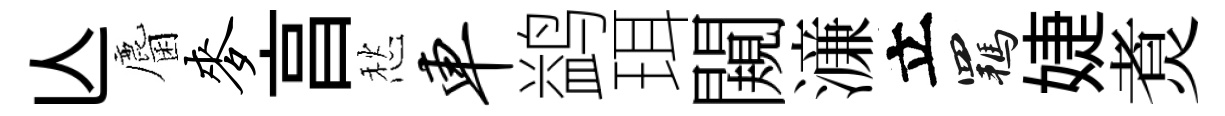
亾麕麦亯愁车鹢珥闚濓立羈婕煑